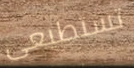
تستطيعى